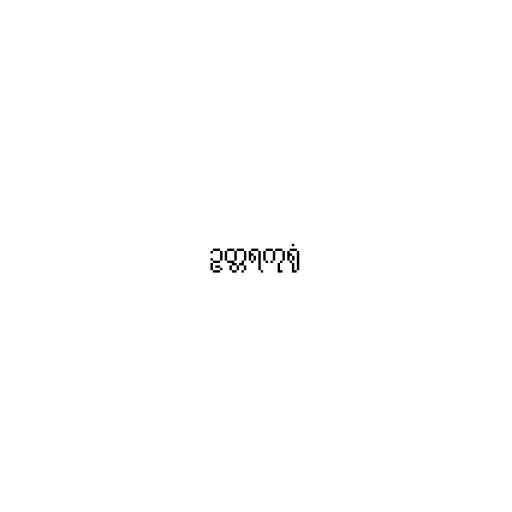
ဥတ္တရကုရုံ